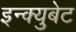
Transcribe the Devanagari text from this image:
इन्क्युबेट